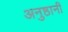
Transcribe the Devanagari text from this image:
अनुष्ठानी